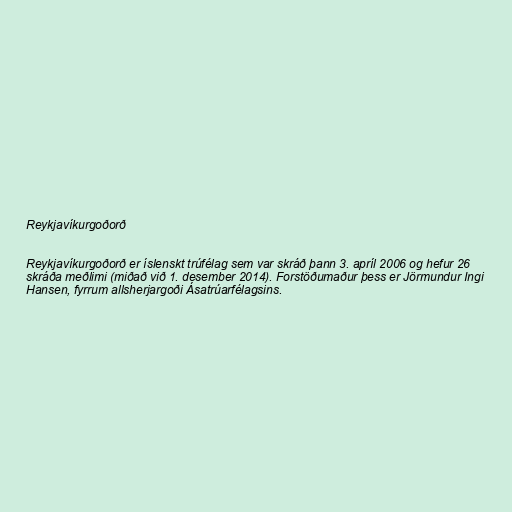
Reykjavíkurgoðorð

Reykjavíkurgoðorð er íslenskt trúfélag sem var skráð þann 3. apríl 2006 og hefur 26
skráða meðlimi (miðað við 1. desember 2014). Forstöðumaður þess er Jörmundur Ingi
Hansen, fyrrum allsherjargoði Ásatrúarfélagsins.